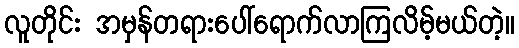
လူတိုင်း အမှန်တရားပေါ်ရောက်လာကြလိမ့်မယ်တဲ့။